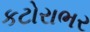
કટોરાભર